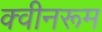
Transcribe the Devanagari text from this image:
क्वीनरूम